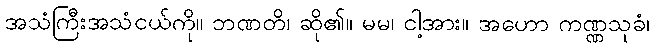
အသံကြီးအသံငယ်ကို။ ဘဏတိ၊ ဆို၏။ မမ၊ ငါ့အား။ အဟော ကဏ္ဏသုခံ၊